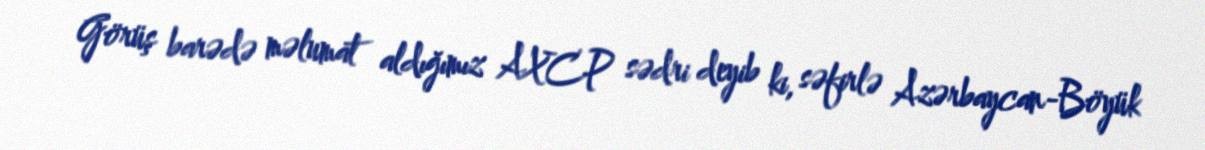
Görüş barədə məlumat aldığımız AXCP sədri deyib ki, səfirlə Azərbaycan-Böyük